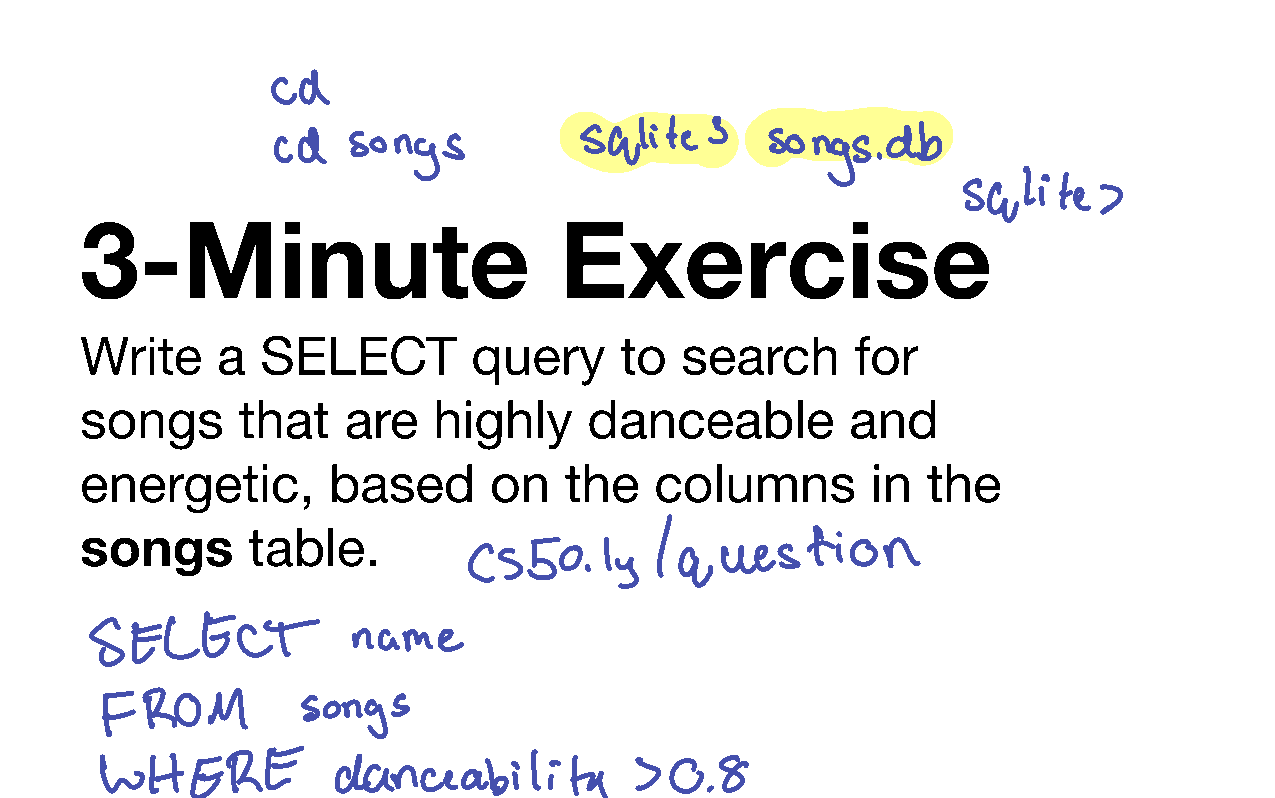
3-Minute                        Exercise
 Write    a  SELECT        query     to  search      for
 songs      that   are   highly    danceable        and
 energetic,       based     on   the   columns        in the
 songs      table.